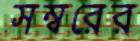
সম্বরের